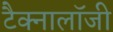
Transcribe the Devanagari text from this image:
टैक्नालॉजी